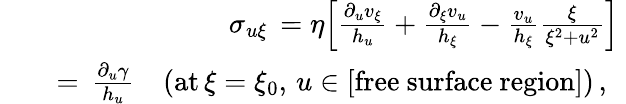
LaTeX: \begin{array}{rlr}&{}&{\sigma_{u\xi}\, =\eta\Big[\frac{\partial_{u}v_{\xi}}{h_{u}}+\frac{\partial_{\xi}v_{u}}{h_{\xi}}-\frac{v_{u}}{h_{\xi}}\frac{\xi}{\xi^{2}+u^{2}}\Big]\ }\\ &{}&{=\, \frac{\partial_{u}\gamma}{h_{u}}\quad({\mathrm{at}}\, \xi=\xi_{0},\, u\in[{\mathrm{free~surface~region}}])\, ,\ \ }\end{array}